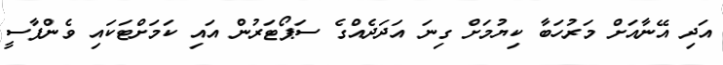
އަދި އޭނާއަށް މަރުހަބާ ކިޔުމަށް ގިނަ އަދަދެއްގެ ސަޕޯޓަރުން އައި ކަމަށްޓަކައި ވެންޕާސީ